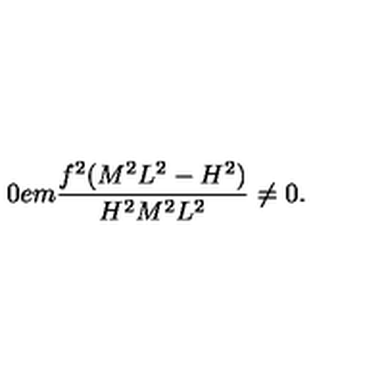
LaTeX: \hspace { 1 0 e m } \frac { f ^ { 2 } ( M ^ { 2 } L ^ { 2 } - H ^ { 2 } ) } { H ^ { 2 } M ^ { 2 } L ^ { 2 } } \neq 0 .